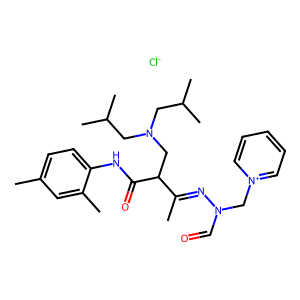
SMILES: CC(=NN(C=O)C[n+]1ccccc1)C(CN(CC(C)C)CC(C)C)C(=O)Nc1ccc(C)cc1C.[Cl-]
Inhibits HIV replication: No